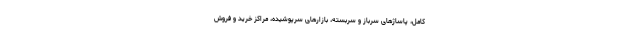
کامل، پاساژهای سرباز و سربسته، بازارهای سرپوشیده، مراکز خرید و فروش